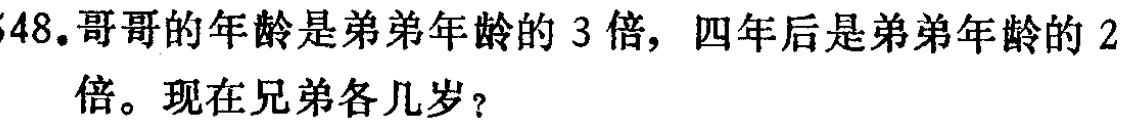
648.哥哥的年龄是弟弟年龄的 3 倍，四年后是弟弟年龄的 2 倍。现在兄弟各几岁？